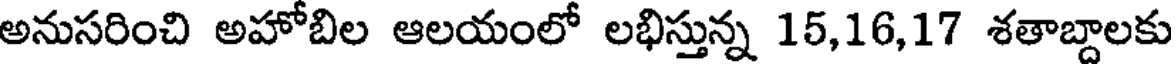
అనుసరించి అహోబిల ఆలయంలో లభిస్తున్న 15,16,17 శతాబ్దాలకు